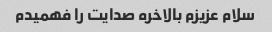
سلام عزیزم بالاخره صدایت را فهمیدم